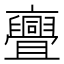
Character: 亹